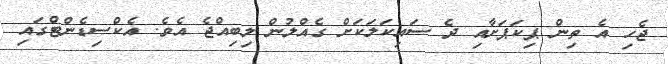
ޖެހި އެ ތިން ޕިކަޕަށާއި ދެ ސައިކަލަކަށް ގެއްލުން ލިބިއްޖެ އެވެ. އެކްސިޑެންޓްގައި